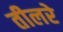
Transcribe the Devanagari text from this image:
तीलरे